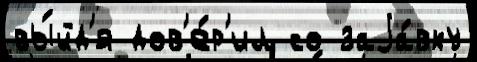
вы́йд'я дов'е́р'ил со заjа́вку